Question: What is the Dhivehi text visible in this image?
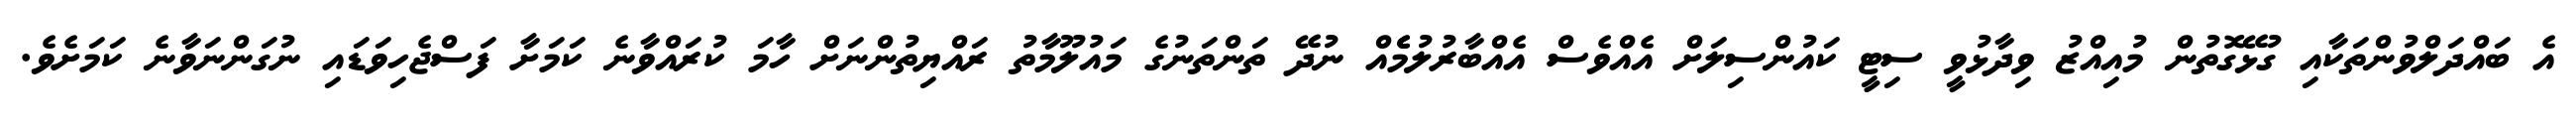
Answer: އެ ބައްދަލްވުންތަކާއި ގުޅޭގޮތުން މުއިއްޒު ވިދާޅުވީ ސިޓީ ކައުންސިލަށް އެއްވެސް އެއްބާރުލުމެެއް ނުދޭ ތަންތަނުގެ މައުލޫމާތު ރައްޔިތުންނަށް ހާމަ ކުރައްވާނެ ކަމަށާ ފަސްޖެހިވަޑައި ނުގަންނަވާނެ ކަމަށެވެ.